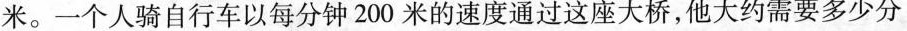
米。一个人骑自行车以每分钟200米的速度通过这座大桥，他大约需要多少分